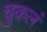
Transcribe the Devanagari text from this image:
चुकलं